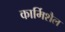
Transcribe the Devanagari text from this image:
कार्मिशैल